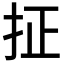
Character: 𪭤